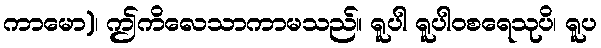
ကာမော)၊ ဤကိလေသာကာမသည်။ ရူပါ ရူပါဝစရေသုပိ၊ ရူပ